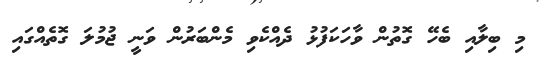
މި ބިލާއި ބެހޭ ގޮތުން ވާހަކަފުޅު ދެއްކެވި މެންބަރުން ވަނީ ޖުމުލަ ގޮތެއްގައި